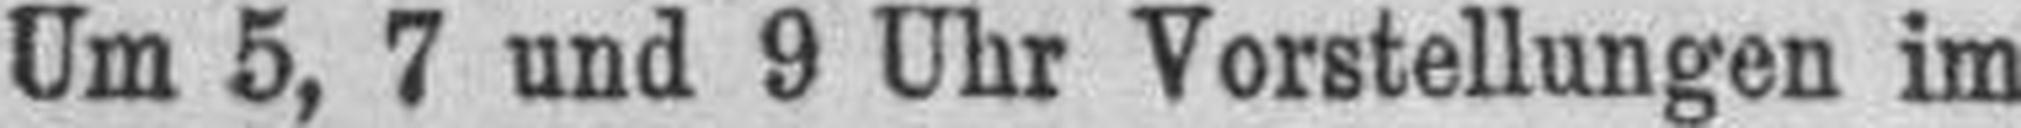
Um 5, 7 und 9 Uhr Vorstellungen im